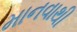
માનવાથી